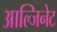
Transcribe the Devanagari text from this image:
आल्जिनेट